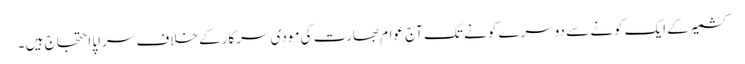
کشمیر کے ایک کونے سے دوسرے کونے تک آج عوام بھارت کی مودی سرکار کے خلاف سراپا احتجاج ہیں ۔